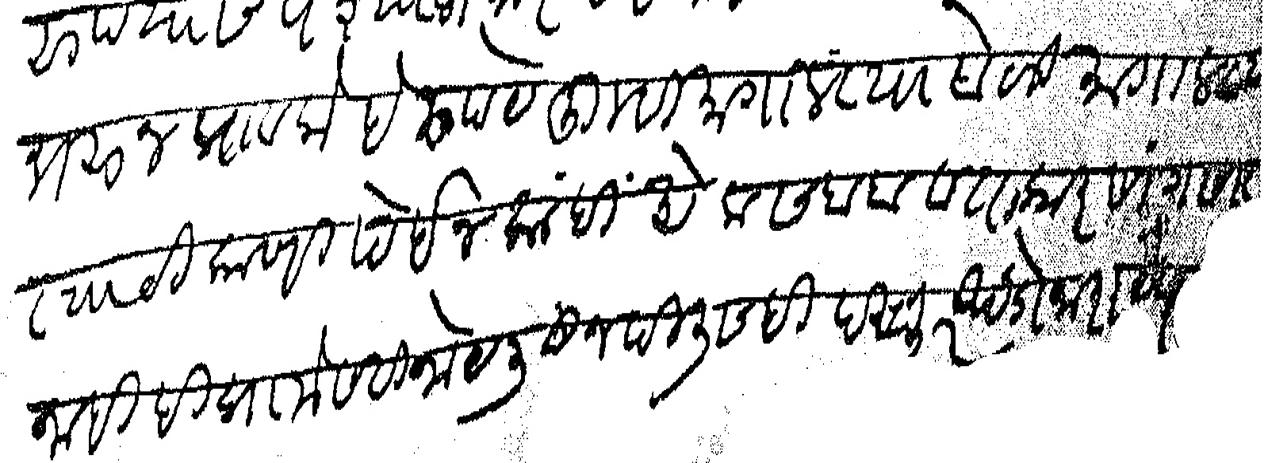
Transliteration (Devanagari): भरून पावलो हे रुपये तुम्ही मागाल त्यावेळी मागाल त्याठिकाणी देईन काही एक सबब व तक्रार सांगणार नाही ही प्रामेसरी नोट लिहून दिली सही दस्तुर खंडो नारायण काळे